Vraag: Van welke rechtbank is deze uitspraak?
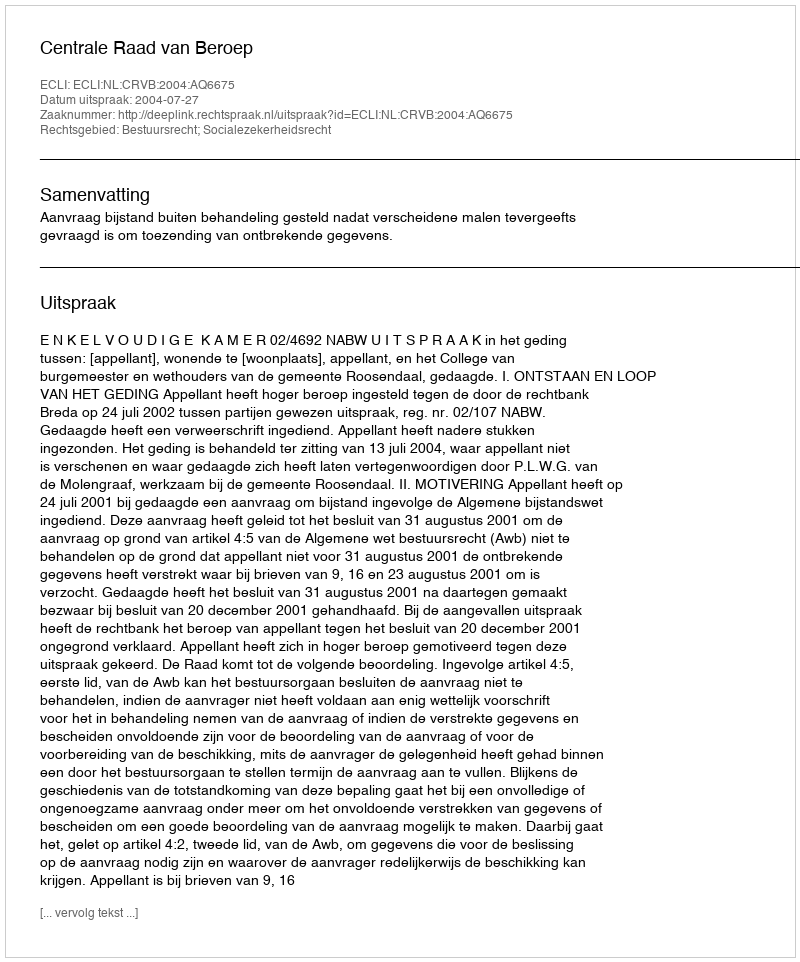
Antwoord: Centrale Raad van Beroep